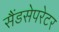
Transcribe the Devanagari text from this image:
सैंडसेपरेटर